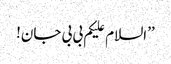
’’السلام علیکم بی بی جان!